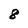
Character: 8